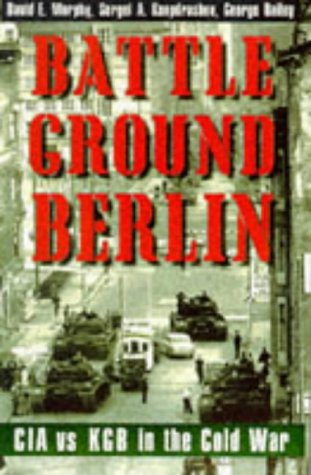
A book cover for Battleground Berlin: CIA vs. KGB in the Cold War; Mr. David E. Murphy; History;